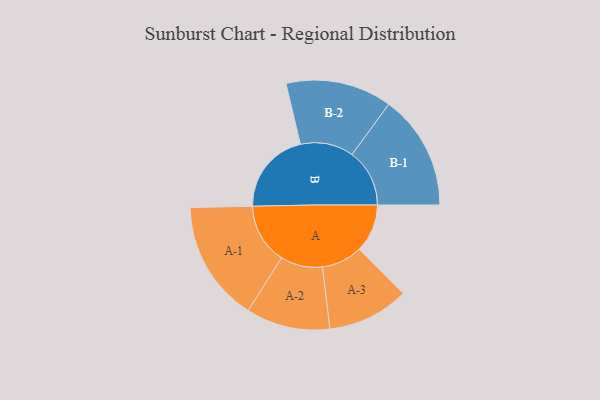
{"axis": {"x": "Segment", "y": "Value"}, "legend": ["", "A", "B"], "data": [{"x": "A", "y": 232, "type": ""}, {"x": "B", "y": 400, "type": ""}, {"x": "A-1", "y": 291, "type": "A"}, {"x": "A-2", "y": 202, "type": "A"}, {"x": "A-3", "y": 196, "type": "A"}, {"x": "B-1", "y": 277, "type": "B"}, {"x": "B-2", "y": 256, "type": "B"}]}